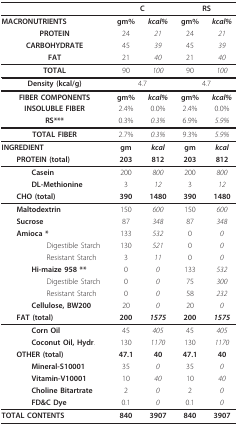
|  | <COLSPAN=2> C | <COLSPAN=2> RS |
 | --- | --- | --- | --- | --- |
 | MACRONUTRIENTS | gm% | kcal% | gm% | kcal% |
 | PROTEIN | 24 | 21 | 24 | 21 |
 | CARBOHYDRATE | 45 | 39 | 45 | 39 |
 | FAT | 21 | 40 | 21 | 40 |
 | TOTAL | 90 | 100 | 90 | 100 |
 | Density (kcal/g) | <COLSPAN=2> 4.7 | <COLSPAN=2> 4.7 |
 | FIBER COMPONENTS | gm% | kcal% | gm% | kcal% |
 | INSOLUBLE FIBER | 2.4% | 0.0% | 2.4% | 0.0% |
 | RS*** | 0.3% | 0.3% | 6.9% | 5.9% |
 | TOTAL FIBER | 2.7% | 0.3% | 9.3% | 5.9% |
 | INGREDIENT | gm | kcal | gm | kcal |
 | PROTEIN (total) | 203 | 812 | 203 | 812 |
 | Casein | 200 | 800 | 200 | 800 |
 | DL-Methionine | 3 | 12 | 3 | 12 |
 | CHO (total) | 390 | 1480 | 390 | 1480 |
 | Maltodextrin | 150 | 600 | 150 | 600 |
 | Sucrose | 87 | 348 | 87 | 348 |
 | Amioca * | 133 | 532 | 0 | 0 |
 | Digestible Starch | 130 | 521 | 0 | 0 |
 | Resistant Starch | 3 | 11 | 0 | 0 |
 | Hi-maize 958 ** | 0 | 0 | 133 | 532 |
 | Digestible Starch | 0 | 0 | 75 | 300 |
 | Resistant Starch | 0 | 0 | 58 | 232 |
 | Cellulose, BW200 | 20 | 0 | 20 | 0 |
 | FAT (total) | 200 | 1575 | 200 | 1575 |
 | Corn Oil | 45 | 405 | 45 | 405 |
 | Coconut Oil, Hydr. | 130 | 1170 | 130 | 1170 |
 | OTHER (total) | 47.1 | 40 | 47.1 | 40 |
 | Mineral-S10001 | 35 | 0 | 35 | 0 |
 | Vitamin-V10001 | 10 | 40 | 10 | 40 |
 | Choline Bitartrate | 2 | 0 | 2 | 0 |
 | FD&C Dye | 0.1 | 0 | 0.1 | 0 |
 | TOTAL CONTENTS | 840 | 3907 | 840 | 3907 |